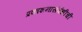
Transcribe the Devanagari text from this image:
प्रकाशनासंबंधीची